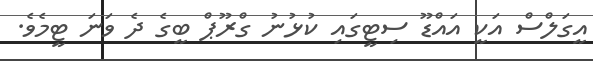
އީގަލްސް އަކީ އައްޑޫ ސިޓީގައި ކުޅުނު ގްރޫޕް ބީގެ ދެ ވަނަ ޓީމެވެ.